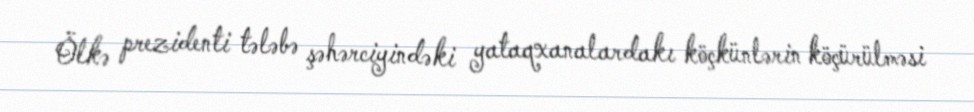
Ölkə prezidenti tələbə şəhərciyindəki yataqxanalardakı köçkünlərin köçürülməsi